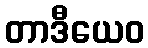
တာဒီယေဝ